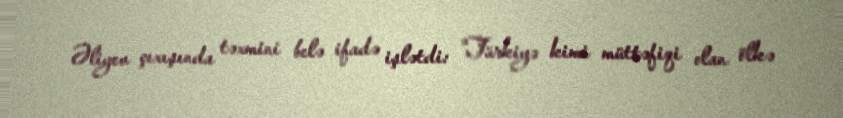
Əliyev çıxışında təxmini belə ifadə işlətdi: "Türkiyə kimi müttəfiqi olan ölkə